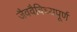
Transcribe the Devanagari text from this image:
जैववैविध्यपूर्ण